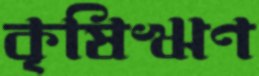
কৃষিঋণ